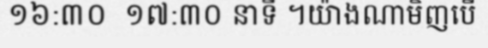
១៦:៣០  ១៧:៣០ នាទី ។យ៉ាងណាមិញបើ